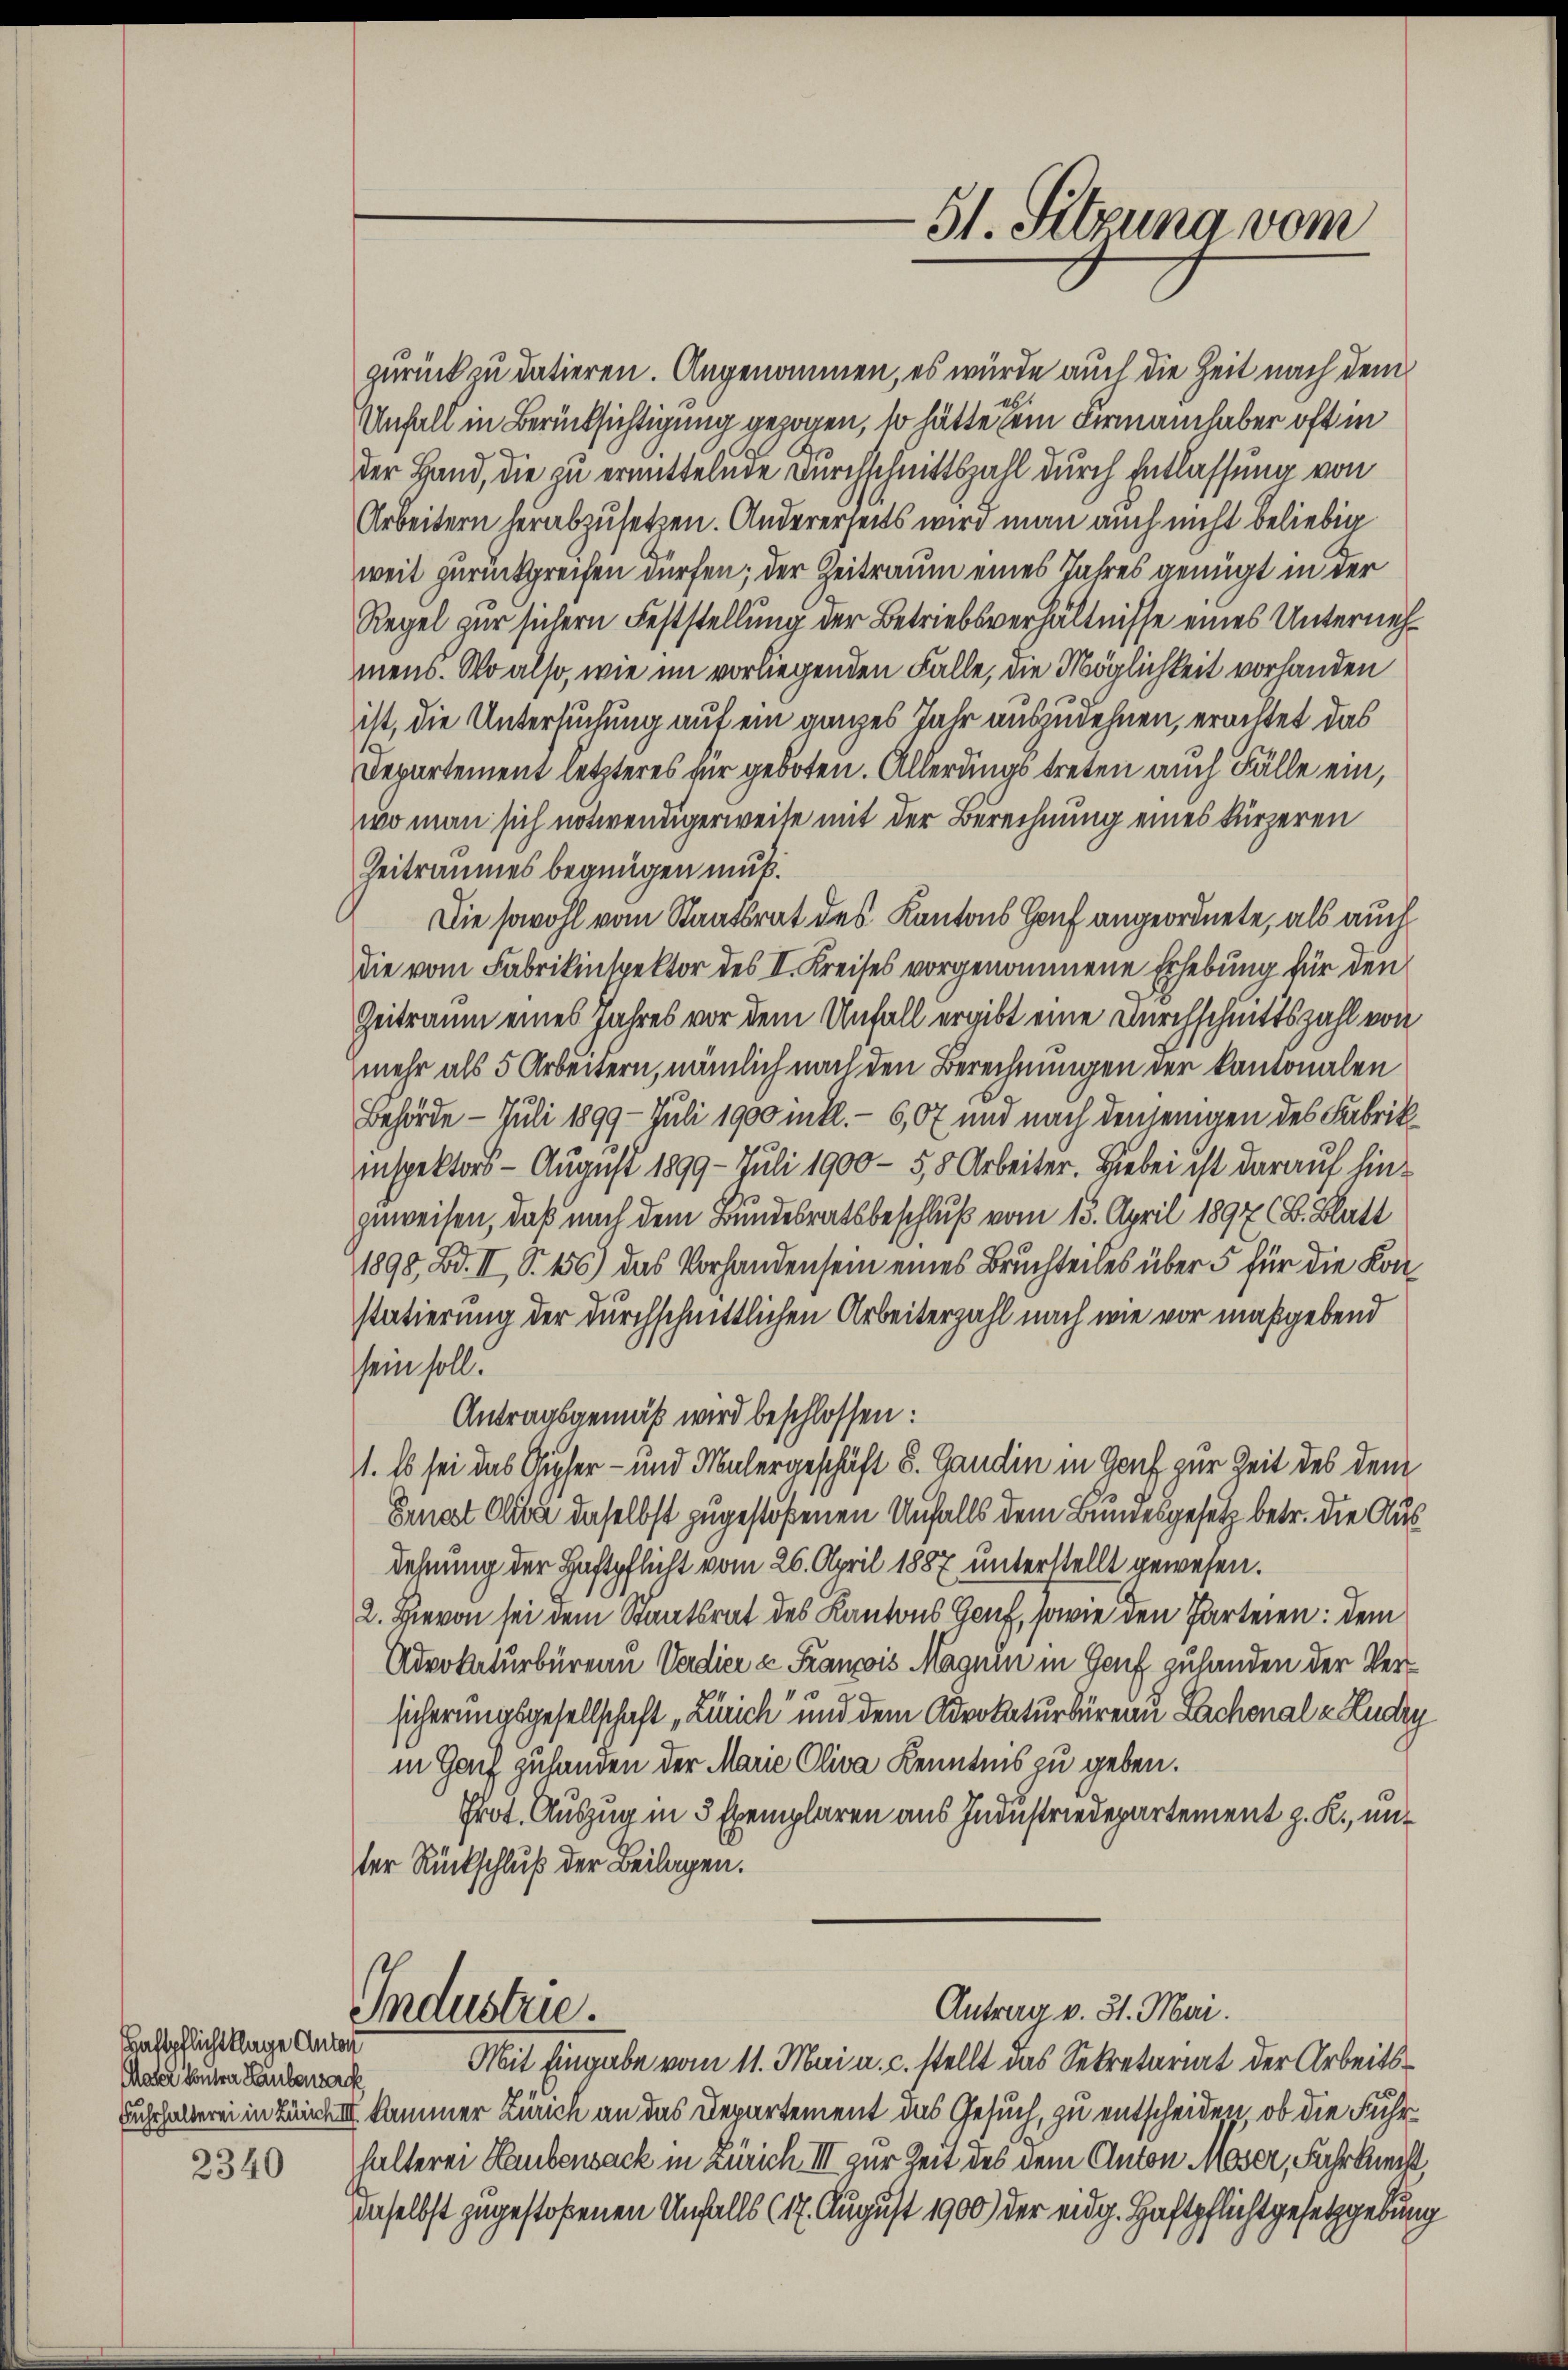
Haftpflichtklage Anton
Mahl kuten Laubensach
2340

zurück zu datieren. Angenommen, es würde auch die Zeit nach dem
Unfall in Berücksichtigung gezogen, so hätte die Firmann haber oft in
der Hand, die zu ermittelnde Durchschnittszahl durch Entlassung von
Arbeitern herabzusetzen. Andererseits wird man auch nicht beliebig
weit zurückgreifen dürfen; der Zeitraum eines Jahres genügt in der
Regel zur sichern Feststellung der Betriebsverhältnisse eines Unternehmens. Wo also, wie im vorliegenden Falle, die Möglichkeit vorhanden
ist, die Untersuchung auf ein ganzes Jahr auszudehnen, erachtet das
s
Departement letzteres für geboten. Allerdings treten auch Fälle ein,
wo man sich notwendigerweise mit der Berechnung eines kürzeren
Zeitraumes begnügen muß.
Die sowohl vom Staatsrat des Kantons Hof angeordnete, als auch
die vom Fabrikinspektor des II. Kreises vorgenommene Erhebung für den
Zeitraum eines Jahres vor dem Unfall ergibt eine Durchschnittszahl von
mehr als 5 Arbeitern, nämlich nach den Berechnungen der kantonalen
Behörde — Juli 1899- Juli 1900 inkl.- 6,07 und nach denjenigen des Fabrikinspektors - August 1899 - Juli 1900 - 55 Arbeiter. Hiebei ist darauf hinzuweisen, daß nach dem Bundesratsbeschluß vom 15. April 1897 (B. Blatt
1898, Bd. II, S. 156) das Vorhanden sein eines Bruchteiles über 5 für die Kon-
statierung der durchschnittlichen Arbeiterzahl nach wie vor maßgebend
sein soll.
Antragsgemäß wird beschlossen:
1. Es sei das Gipfer- und Mülergeschäft d. Gandin in Genf zur Zeit des dem
Senat Alba daselbst zugestoßenen Unfalls dem Bundesgesetz betr. die Ausdehnung der Haftpflicht vom 26. April 1887 unterstellt gewesen.
2. Hievon sei dem Staatsrat des Kantons Genf, sowie den Parteien: dem
Advokaturbüreau Verdier u Francois Magnen in Genf zuhanden der Versicherungsgesellschaft „Zürich und dem Advokaturbüreau Lachenal v. Ludry
in Gaif zuhanden der Marie Oliva Kenntnis zu geben.
Prot. Auszug in 3 Exemplaren aus Industriedepartement z. R., unter Rückschluß der Beilagen.
Antrag v. 31. Mai.
Industrie.
Mit Eingabe vom 11. Mai a. c. stellt das Sekretariat der Arbeits¬
Fuhrhalterei in Lunch III kammer Zürich an das Departement das Gesuch, zu entscheiden, ob die Fuhrhalterei Haubensack in Zürich III zur Zeit des dem Anton Moser, Fahrknecht,
daselbst zugestoßenen Unfalls (17. August 1900 der eidg. Haftpflichtgesetzgebung

51. Sitzung vom